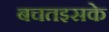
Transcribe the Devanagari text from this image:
बचतइसके